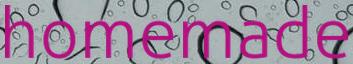
homemade